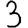
Digit: 3